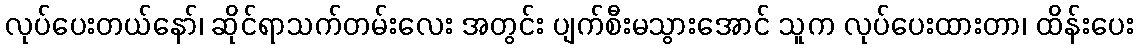
လုပ်ပေးတယ်နော်၊ ဆိုင်ရာသက်တမ်းလေး အတွင်း ပျက်စီးမသွားအောင် သူက လုပ်ပေးထားတာ၊ ထိန်းပေး